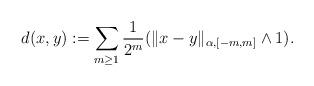
LaTeX: \begin{align*}d(x,y): = \sum_{m\geq 1} \frac{1}{2^m} (\|x-y\|_{\alpha,[-m,m]}\wedge 1).\end{align*}